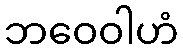
ဘဝေဝါဟံ